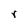
Character: r